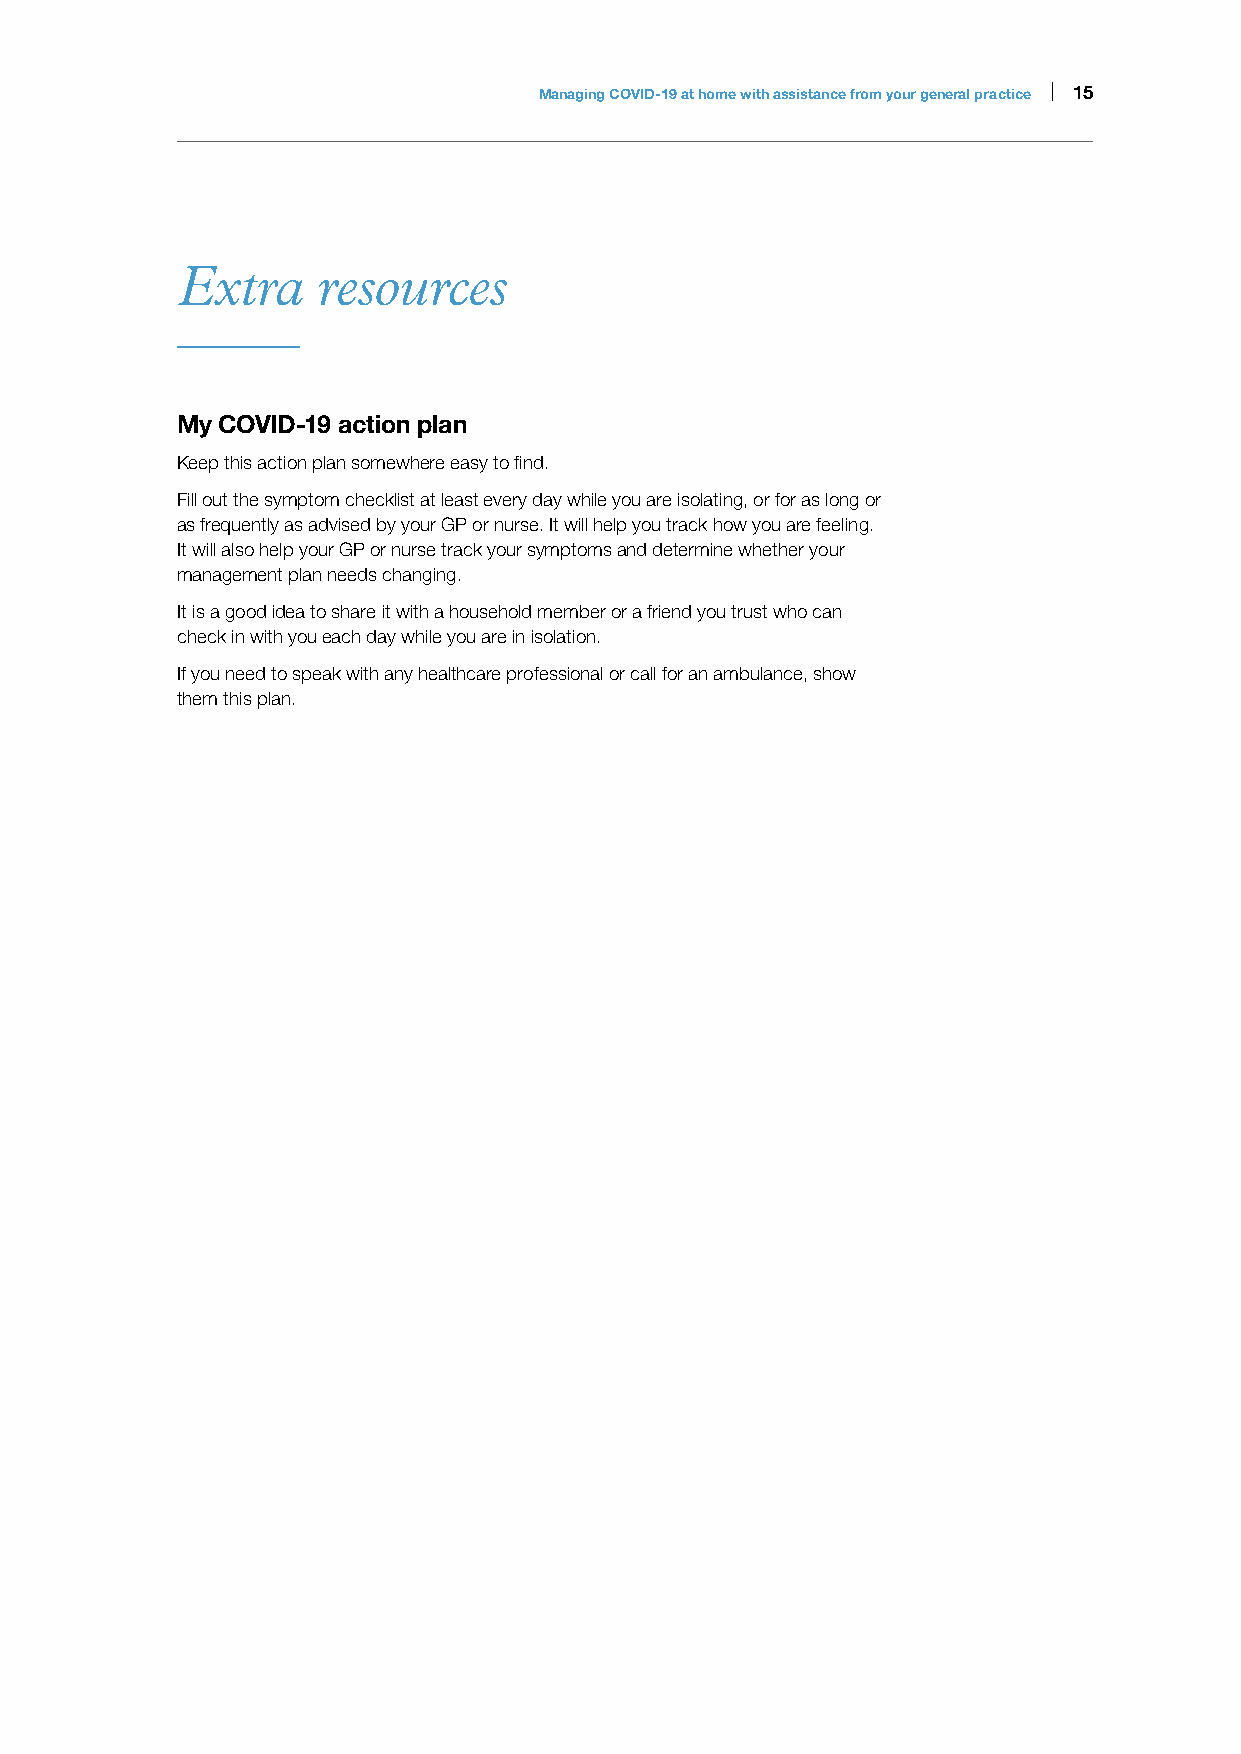
Managing COVID-19 at home with assistance from your general practice | 15
 Extra    resources
 My COVID-19 action plan
 Keep this action plan somewhere easy to find.
 Fill out the symptom checklist at least every day while you are isolating, or for as long or
 as frequently as advised by your GP or nurse. It will help you track how you are feeling.
 It will also help your GP or nurse track your symptoms and determine whether your
 management plan needs changing.
 It is a good idea to share it with a household member or a friend you trust who can
 check in with you each day while you are in isolation.
 If you need to speak with any healthcare professional or call for an ambulance, show
 them this plan.